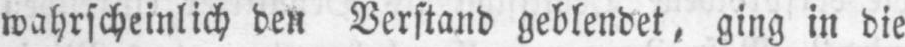
wahrscheinlich den Verstand geblendet, ging in die